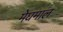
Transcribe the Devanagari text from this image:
मेघमाल